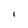
Character: 1